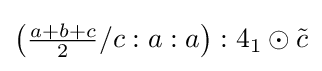
\left({\tfrac {a+b+c}{2}}/c:a:a\right):4_{1}\odot {\tilde {c}}